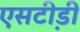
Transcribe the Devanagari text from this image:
एसटी़डी